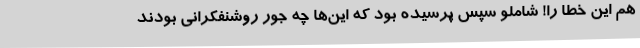
هم این خطا را! شاملو سپس پرسیده بود که این‌ها چه جور روشنفکرانی بودند